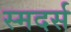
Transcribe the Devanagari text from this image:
स्मदर्स